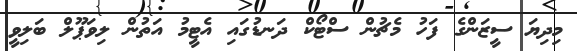
މިދިޔަ ސީޒަންގެ ފަހު މެޗުން ސްޓޯކް ދަނޑުގައި އެޓީމު އަތުން ލިވަޕޫލް ބަލިވީ